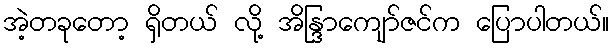
အဲ့တခုတော့ ရှိတယ် လို့ အိန္ဒြာကျော်ဇင်က ပြောပါတယ်။